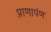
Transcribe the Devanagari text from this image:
प्राणापंण